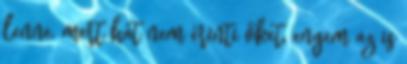
lenne, mert hát nem érinti őket, engem az is